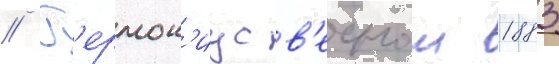
// Г'ермон'иус в'еснои 1883